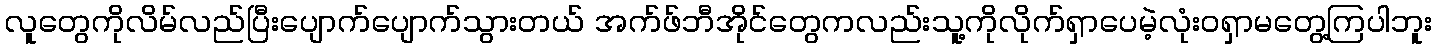
လူတွေကိုလိမ်လည်ပြီးပျောက်ပျောက်သွားတယ် အက်ဖ်ဘီအိုင်တွေကလည်းသူ့ကိုလိုက်ရှာပေမဲ့လုံးဝရှာမတွေ့ကြပါဘူး